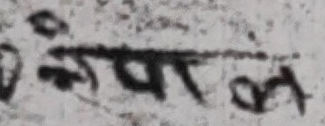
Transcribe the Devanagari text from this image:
बागल